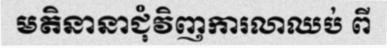
មតិនានាជុំវិញការលាឈប់ ពី